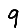
Digit: 9